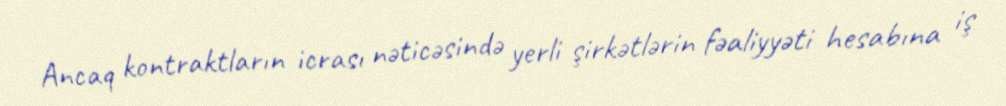
Ancaq kontraktların icrası nəticəsində yerli şirkətlərin fəaliyyəti hesabına iş